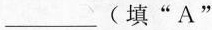
___(填”A”